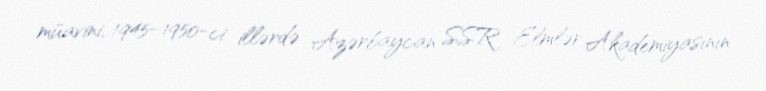
müavini, 1945–1950-ci illərdə Azərbaycan SSR Elmlər Akademiyasının